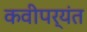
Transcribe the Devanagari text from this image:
कवीपर्यंत